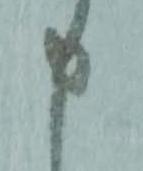
申